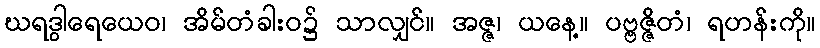
ဃရဒွါရေယေဝ၊ အိမ်တံခါးဝ၌ သာလျှင်။ အဇ္ဇ၊ ယနေ့။ ပဗ္ဗဇ္ဇိတံ၊ ရဟန်းကို။